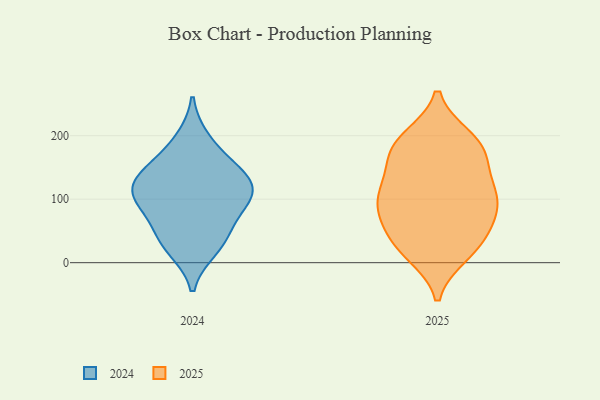
{"axis": {"x": "Net Income (USD K)", "y": "Value"}, "legend": ["2024", "2025"], "data": [{"x": "", "y": 22, "type": "2024"}, {"x": "", "y": 194, "type": "2024"}, {"x": "", "y": 132, "type": "2024"}, {"x": "", "y": 98, "type": "2024"}, {"x": "", "y": 109, "type": "2024"}, {"x": "", "y": 101, "type": "2024"}, {"x": "", "y": 81, "type": "2024"}, {"x": "", "y": 33, "type": "2024"}, {"x": "", "y": 126, "type": "2024"}, {"x": "", "y": 47, "type": "2024"}, {"x": "", "y": 160, "type": "2024"}, {"x": "", "y": 139, "type": "2024"}, {"x": "", "y": 114, "type": "2025"}, {"x": "", "y": 197, "type": "2025"}, {"x": "", "y": 96, "type": "2025"}, {"x": "", "y": 197, "type": "2025"}, {"x": "", "y": 98, "type": "2025"}, {"x": "", "y": 39, "type": "2025"}, {"x": "", "y": 116, "type": "2025"}, {"x": "", "y": 53, "type": "2025"}, {"x": "", "y": 173, "type": "2025"}, {"x": "", "y": 129, "type": "2025"}, {"x": "", "y": 167, "type": "2025"}, {"x": "", "y": 91, "type": "2025"}, {"x": "", "y": 24, "type": "2025"}, {"x": "", "y": 13, "type": "2025"}, {"x": "", "y": 81, "type": "2025"}, {"x": "", "y": 163, "type": "2025"}, {"x": "", "y": 66, "type": "2025"}, {"x": "", "y": 18, "type": "2025"}, {"x": "", "y": 187, "type": "2025"}]}